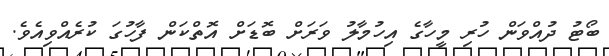
ބޯޓު ދުއްވަން ހުރި މީހާގެ އިހުމާލު ވަރަށް ބޮޑަށް އޮތްކަން ފާހުގަ ކުރެއްވިއެވެ.